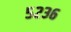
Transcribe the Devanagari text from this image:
५२३६